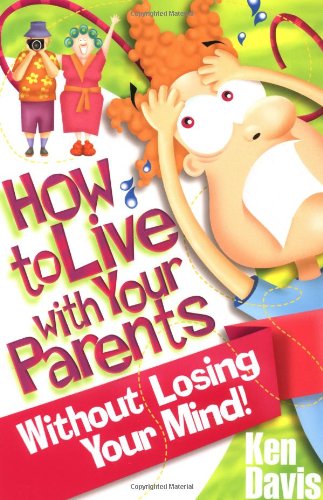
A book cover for How to Live with Your Parents Without Losing Your Mind!; Ken Davis; Teen & Young Adult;